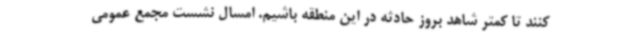
کنند تا کمتر شاهد بروز حادثه در این منطقه باشیم. امسال نشست مجمع عمومی